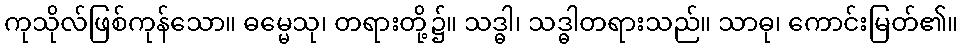
ကုသိုလ်ဖြစ်ကုန်သော။ ဓမ္မေသု၊ တရားတို့၌။ သဒ္ဓါ၊ သဒ္ဓါတရားသည်။ သာဓု၊ ကောင်းမြတ်၏။